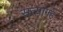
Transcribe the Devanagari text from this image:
सत्यागह